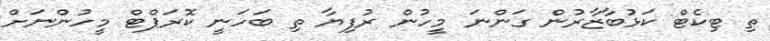
ތި ޓިކެޓް ކަޅުބާޒާރުން ގަންނަ މީހުން ރުފިޔާ ތި ބަހަނީ ކޮރަޕްޓް މީހުންނަށް